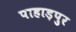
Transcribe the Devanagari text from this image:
पाहाड़पुर